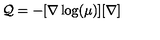
{ \mathcal Q } = - [ { \bf \nabla } \log ( \mu ) ] [ { \bf \nabla } ]